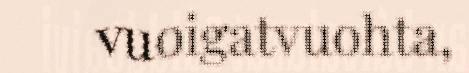
vuoigatvuohta,